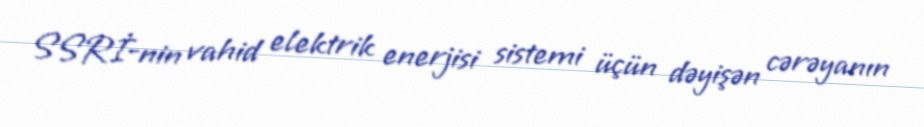
SSRİ-nin vahid elektrik enerjisi sistemi üçün dəyişən cərəyanın